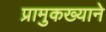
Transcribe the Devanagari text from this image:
प्रामुकख्याने